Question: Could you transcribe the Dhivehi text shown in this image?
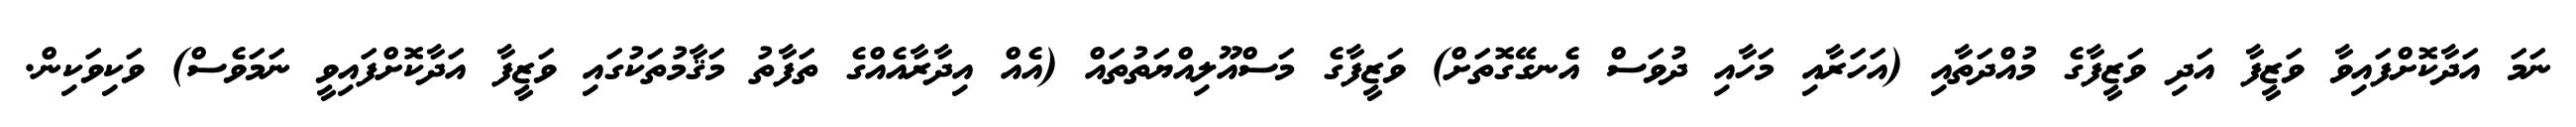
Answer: ނަމަ އަދާކޮށްފައިވާ ވަޒީފާ އަދި ވަޒީފާގެ މުއްދަތާއި (އަހަރާއި މަހާއި ދުވަސް އެނގޭގޮތަށް) ވަޒީފާގެ މަސްއޫލިއްޔަތުތައް (އެއް އިދާރާއެއްގެ ތަފާތު މަޤާމުތަކުގައި ވަޒީފާ އަދާކޮށްފައިވީ ނަމަވެސް) ވަކިވަކިން.